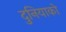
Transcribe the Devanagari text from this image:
दुनियाको